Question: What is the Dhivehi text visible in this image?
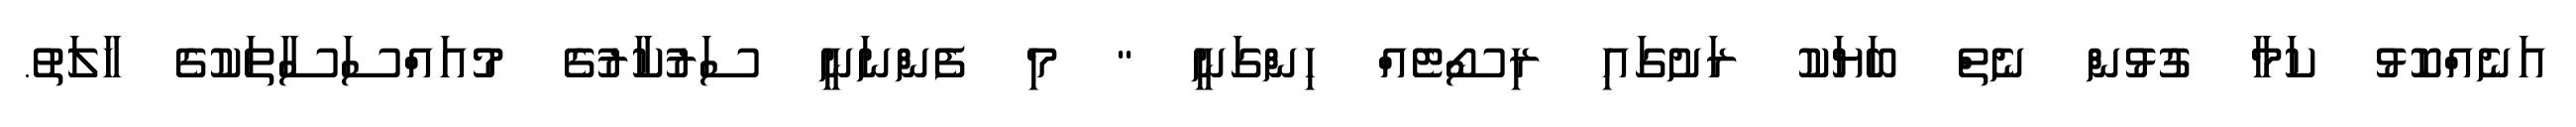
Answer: އަނެއްކޮޅު ކަމާ ގުޅުން ނެތް ބަޔަކު ރަށުގައި ރިސޯޓެއް ހިންގަނީ " މި ފެންނަނީ ސަރުކާރުގެ މުއައްސަސާތަކުގެ ހާލަތު.